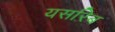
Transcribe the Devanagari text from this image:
यसरिब